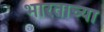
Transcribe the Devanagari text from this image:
भारताच्‍या